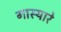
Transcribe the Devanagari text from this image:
गास्यारे